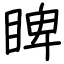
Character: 睥